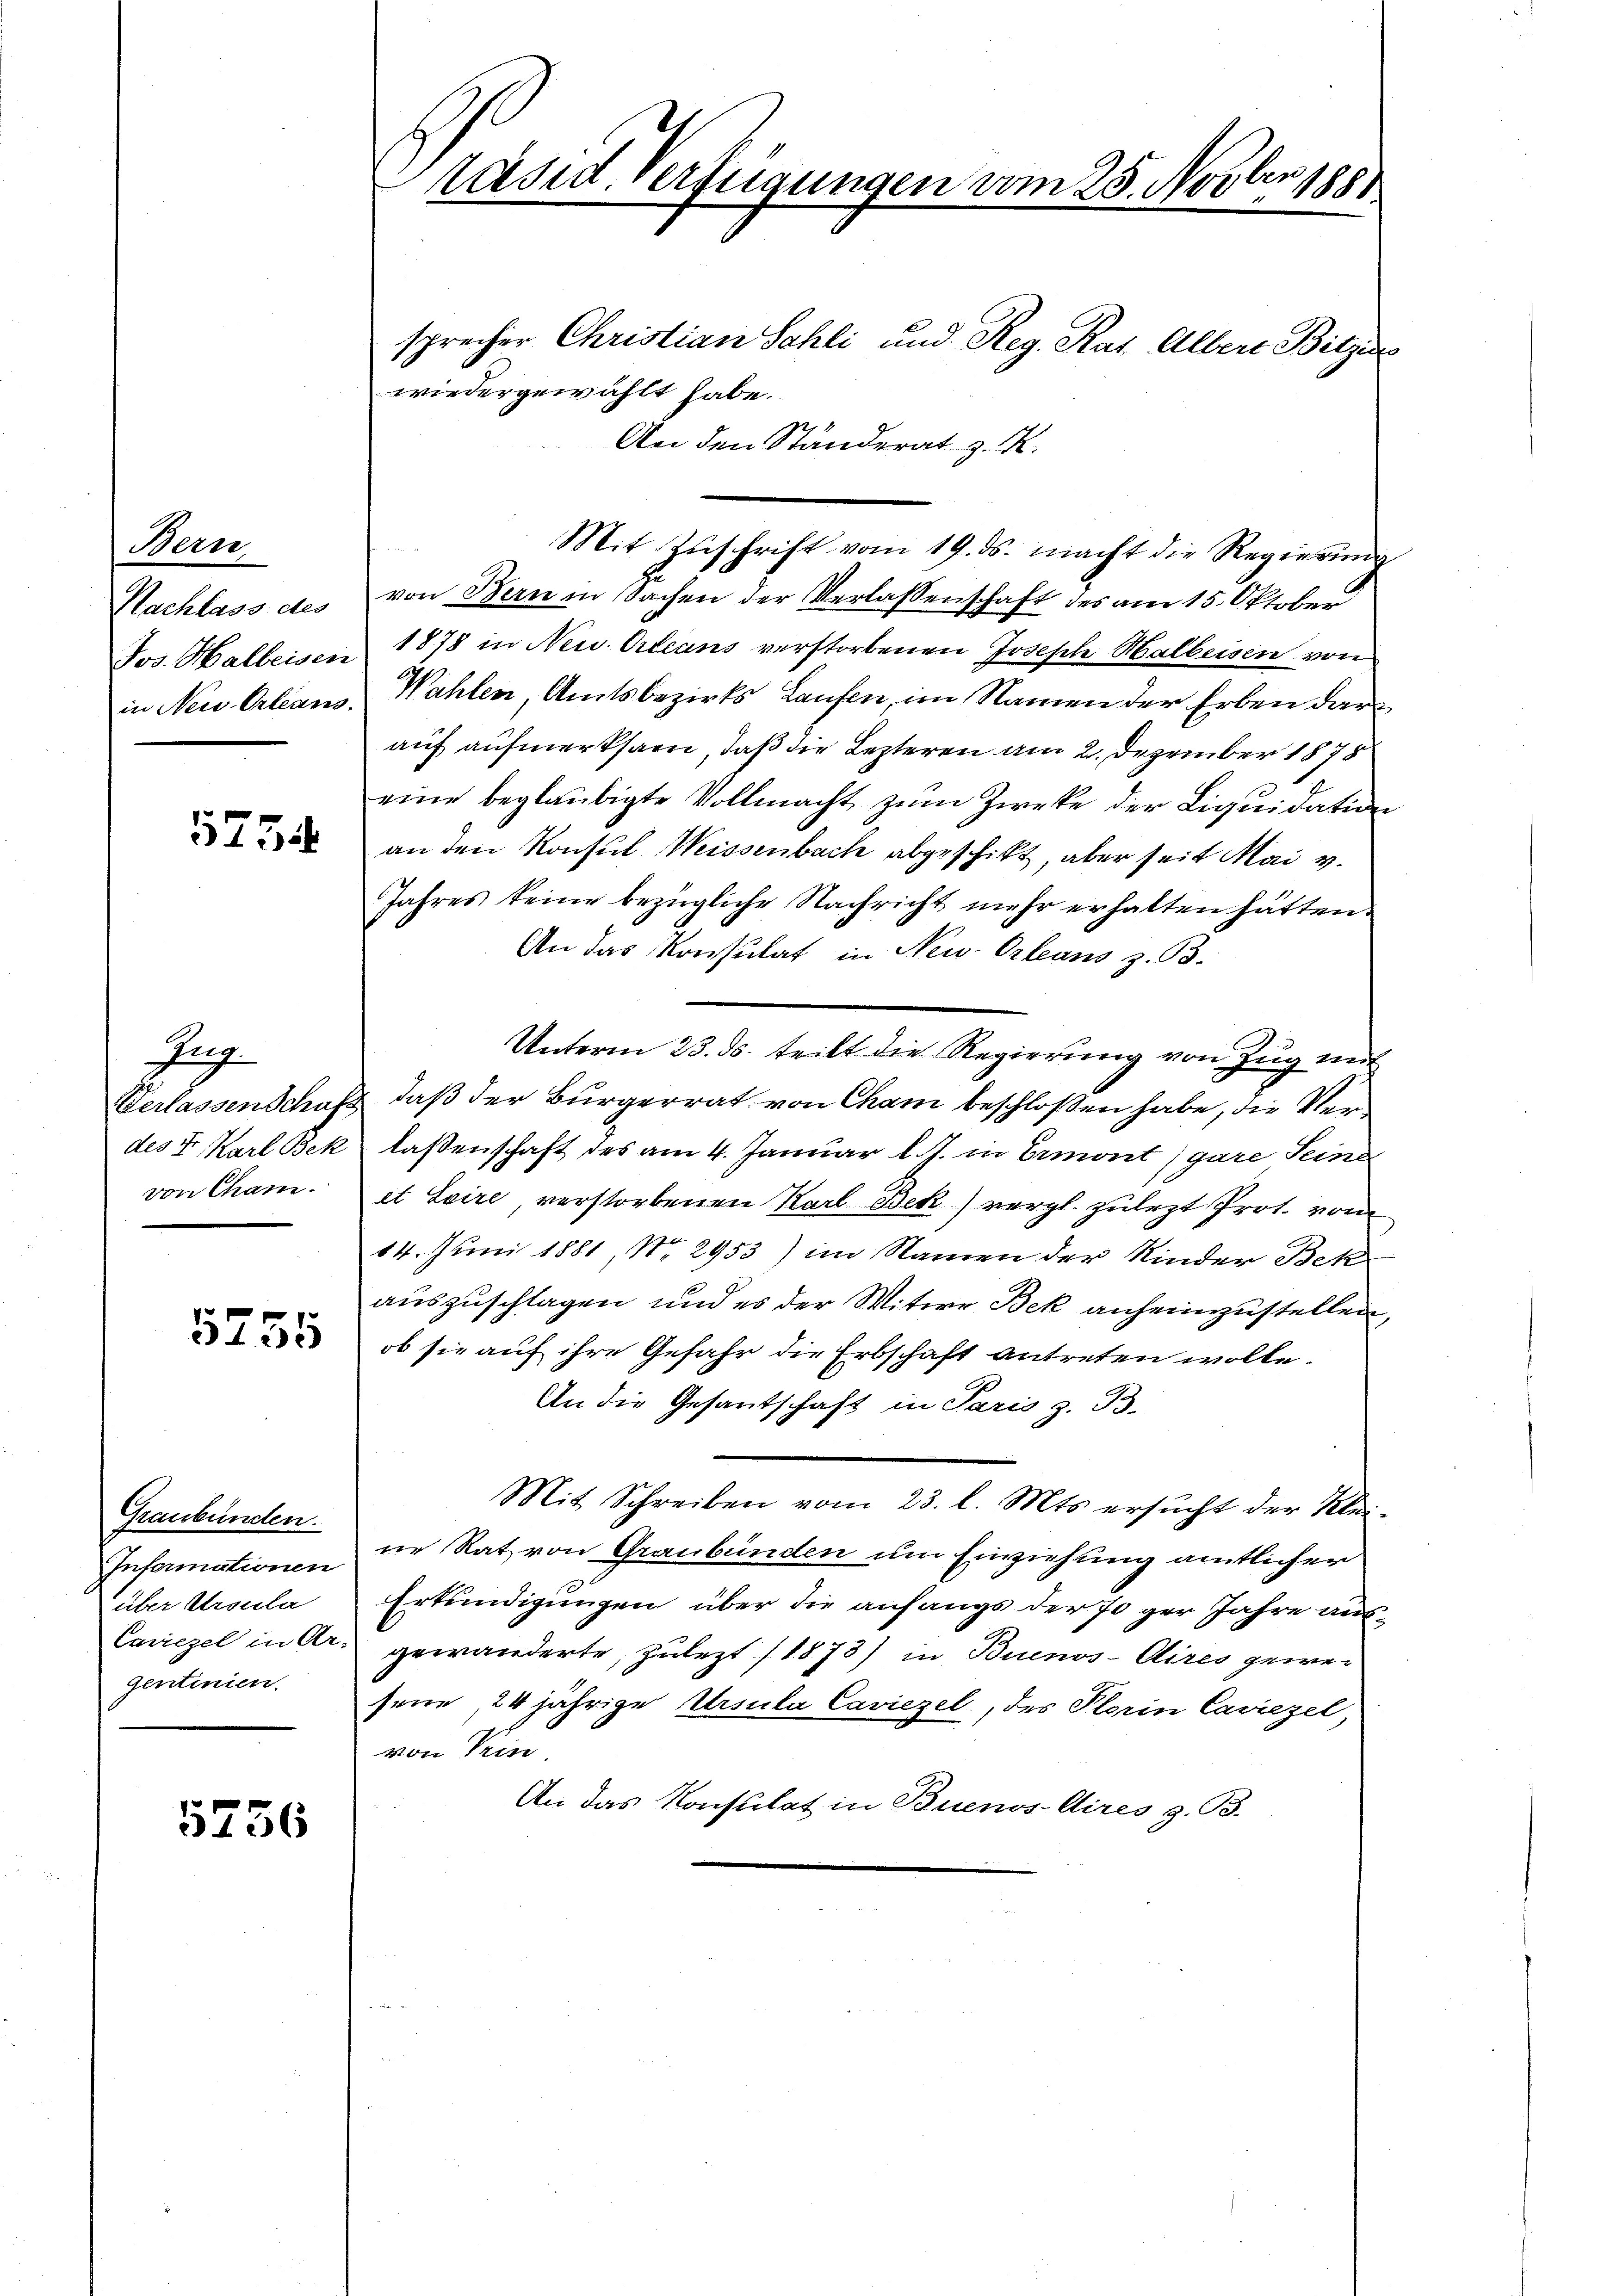
Bern
Nachlass des
Jos. Halbeisen
in Neu-Orleans.

173

Fuch
Verlassen Schaft
des Fr. Karl Bek
von Cham.

5755

Graubünden.
Informationen
über Ursula
Carriezel in Ar-
gentinien.

5756

len
räsid. Verfügungen vom 25. Nov. 1881

sprecher Christian Schli und Reg. Rat Alber Bilzu
wiedergewählt habe.
An den Ständerat z. B.
Mit Zŭschrift vom 19. ds. macht die Regierung
von Bern in Sachen der Verlassenschaft des am 15. Oktober
1878 in Neu Orleans verstorbenen Joseph Halbeisen von
Wahlen, Amtsbezirks Laufen, im Namen der Erben darauf aufmerksam, daß die Lezteren am 2. Dezember 1878
eine beglaubigte Vollmacht zum Zwecke der Liquidation
an den Konsul Weissenbach abgeschikt, aber seit Mai v.
Jahres keine bezügliche Nachricht mehr erhalten hätten.
An das Konsulat in Neu-Orleans z. B.
Unterm 23. ds. teilt die Regierung von Zŭg mit
daß der Bürgerrat von Cham beschloßen habe, die Verlassenschaft des am 4. Januar l. J. in Ermont) gare Seine
et Soire, verstorbenen Karl Bek) vergl. zulezt Prot. vom
14. Juni 1881 No 2953) im Namen der Kinder Bek
auszuschlagen und es der Witwe Bek anheimzustellen,
ob sie auf ihre Gefahr die Erbschaft antreten wolle.
An die Gesantschaft in Paris z. B.
Mit Schreiben vom 23. l. Mts. ersucht der Kleine Rat von Graubünden um Einziehung amtlicher
Erkundigungen über die anfangs der 70 ger Jahre ausgewänderte, zulezt (1873) in Buenos-Aires gewesene, 24 jährige Ursula Caviezel, des Plerin Caviezel
von Trin
An das Konsulat in Buenos Aires z. B.